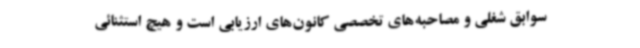
سوابق شغلی و مصاحبه‌های تخصصی کانون‌های ارزیابی است و هیچ استثنائی